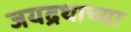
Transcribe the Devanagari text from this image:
जयद्रथाच्या